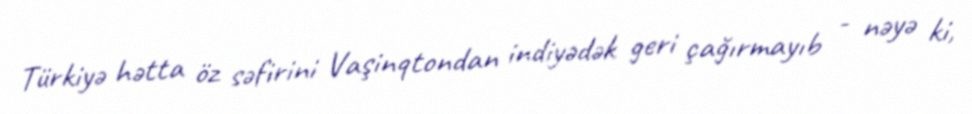
Türkiyə hətta öz səfirini Vaşinqtondan indiyədək geri çağırmayıb - nəyə ki,